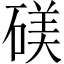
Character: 𬒙